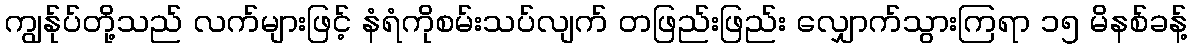
ကျွန်ုပ်တို့သည် လက်များဖြင့် နံရံကိုစမ်းသပ်လျက် တဖြည်းဖြည်း လျှောက်သွားကြရာ ၁၅ မိနစ်ခန့်